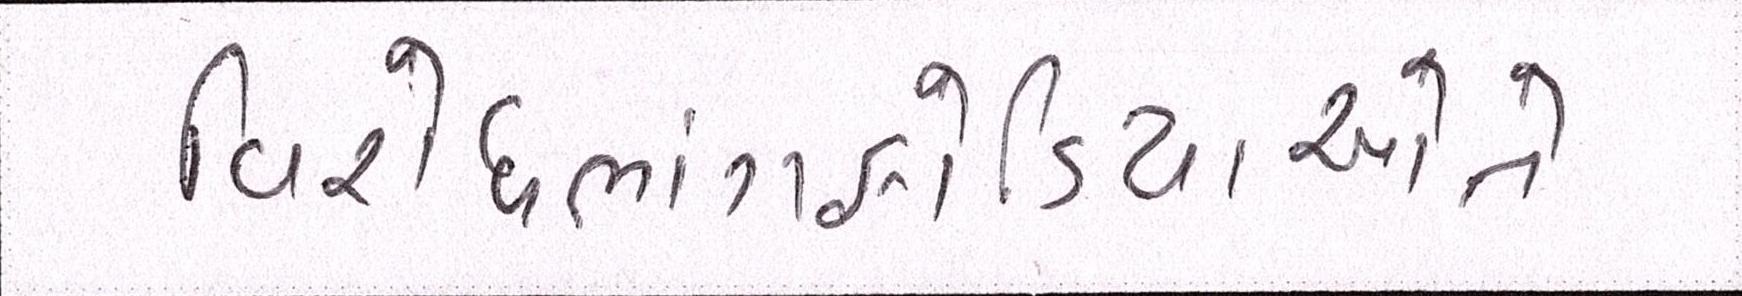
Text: વિરોધભાંગફોડિયાઓને